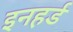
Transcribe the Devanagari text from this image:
इनहर्ड